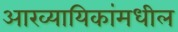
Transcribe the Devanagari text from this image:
आख्यायिकांमधील